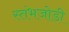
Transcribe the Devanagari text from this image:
स्तंभजोडी